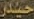
حیدر